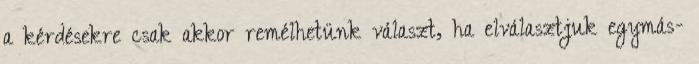
a kérdésekre csak akkor remélhetünk választ, ha elválasztjuk egymás-